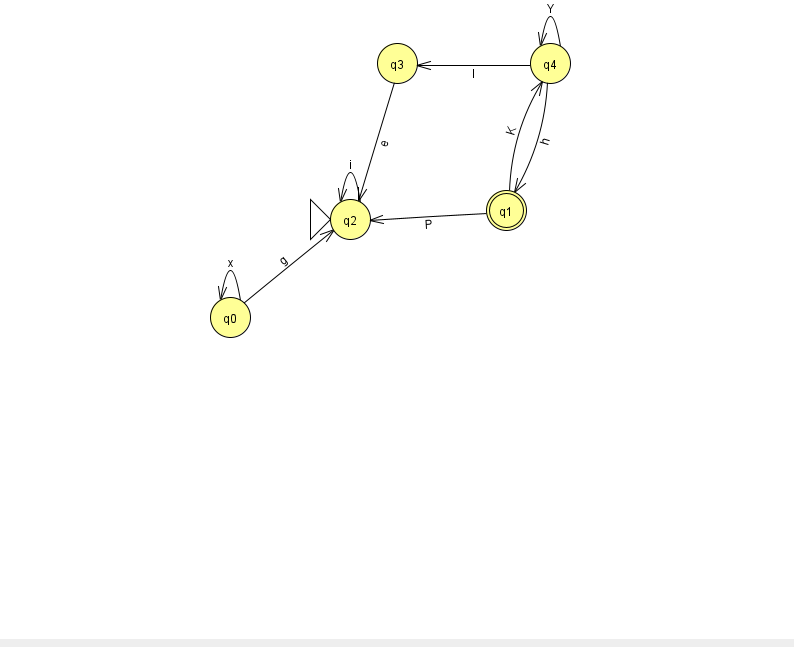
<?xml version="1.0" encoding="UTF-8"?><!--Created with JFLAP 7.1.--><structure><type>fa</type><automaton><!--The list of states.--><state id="0" name="q0"><x>230.0</x><y>304.0</y></state><state id="1" name="q1"><x>506.0</x><y>197.0</y><final/></state><state id="2" name="q2"><x>350.0</x><y>206.0</y><initial/></state><state id="3" name="q3"><x>397.0</x><y>50.0</y></state><state id="4" name="q4"><x>550.0</x><y>50.0</y></state><!--The list of transitions.--><transition><from>1</from><to>2</to><read>P</read></transition><transition><from>3</from><to>2</to><read>e</read></transition><transition><from>0</from><to>0</to><read>x</read></transition><transition><from>2</from><to>2</to><read>i</read></transition><transition><from>4</from><to>4</to><read>Y</read></transition><transition><from>0</from><to>2</to><read>g</read></transition><transition><from>1</from><to>4</to><read>K</read></transition><transition><from>4</from><to>1</to><read>h</read></transition><transition><from>4</from><to>3</to><read>I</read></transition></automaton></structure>